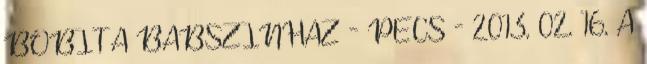
BÓBITA BÁBSZÍNHÁZ - PÉCS - 2013. 02. 16. A